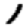
Digit: 1